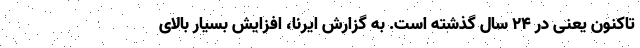
تاکنون یعنی در ۲۴ سال گذشته است. به گزارش ایرنا، افزایش بسیار بالای